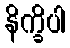
နိက္ခိပါ